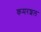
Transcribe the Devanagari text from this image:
कमरशल